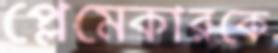
প্লেমেকারকে